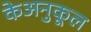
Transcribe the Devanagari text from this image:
केअनुकूल